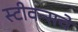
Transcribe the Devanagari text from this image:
स्टीवन्सचे